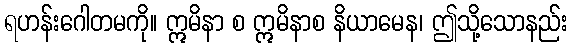
ရဟန်းဂေါတမကို။ ဣမိနာ စ ဣမိနာစ နိယာမေန၊ ဤသို့သောနည်း